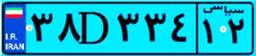
۸۸D۶۳۶۱۲